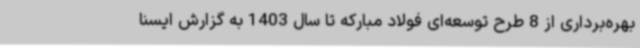
بهره‌برداری از 8 طرح توسعه‌ای فولاد مبارکه تا سال 1403 به گزارش ایسنا